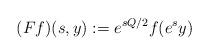
LaTeX: \begin{align*}(Ff)(s,y) :=e^{sQ/2}f(e^{s}y)\end{align*}